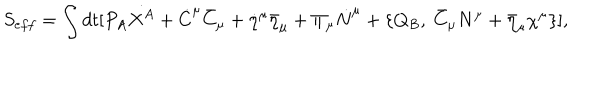
S _ { e f f } = \int d t [ P _ { A } \dot { X ^ { A } } + \dot { C } ^ { \mu } \bar { C } _ { \mu } + \dot { \eta } ^ { \mu } \bar { \eta } _ { \mu } + \Pi _ { \mu } \dot { N } ^ { \mu } + \{ Q _ { B } , ~ \bar { C } _ { \mu } N ^ { \mu } + \bar { \eta } _ { \mu } \chi ^ { \mu } \} ] ,